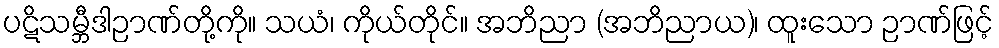
ပဋိသမ္ဘီဒါဉာဏ်တို့ကို။ သယံ၊ ကိုယ်တိုင်။ အဘိညာ (အဘိညာယ)၊ ထူးသော ဉာဏ်ဖြင့်